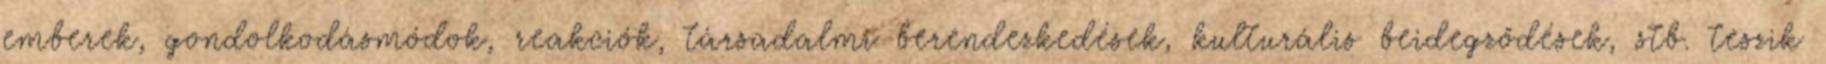
emberek, gondolkodásmódok, reakciók, társadalmi berendezkedések, kulturális beidegződések, stb. teszik